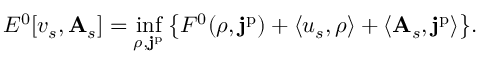
E ^ { 0 } [ v _ { s } , \mathbf { A } _ { s } ] = \operatorname* { i n f } _ { \rho , \mathbf { j } ^ { \mathrm { p } } } \big \{ F ^ { 0 } ( \rho , \mathbf { j } ^ { \mathrm { p } } ) + \langle u _ { s } , \rho \rangle + \langle \mathbf { A } _ { s } , \mathbf { j } ^ { \mathrm { p } } \rangle \big \} .